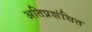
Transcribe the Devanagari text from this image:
अतिप्रशंसित